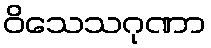
ဝိသေသဂုဏာ